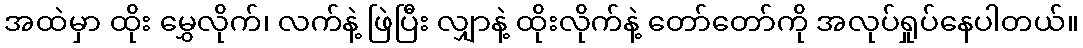
အထဲမှာ ထိုး မွှေလိုက်၊ လက်နဲ့ ဖြဲပြီး လျှာနဲ့ ထိုးလိုက်နဲ့ တော်တော်ကို အလုပ်ရှုပ်နေပါတယ်။